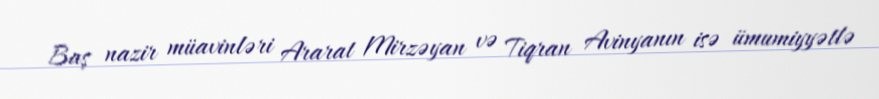
Baş nazir müavinləri Ararat Mirzəyan və Tiqran Avinyanın isə ümumiyyətlə